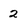
Character: 2